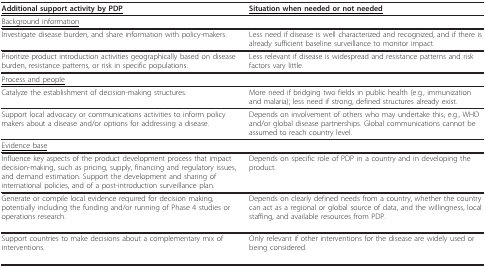
<table><thead><tr><td><b><underline>Additional support activity by PDP</underline></b></td><td><b><underline>Situation when needed or not needed</underline></b></td></tr></thead><tbody><tr><td><underline>Background information</underline></td><td></td></tr><tr><td>Investigate disease burden, and share information with policy-makers.</td><td>Less need if disease is well characterized and recognized, and if there is already sufficient baseline surveillance to monitor impact.</td></tr><tr><td>Prioritize product introduction activities geographically based on disease burden, resistance patterns, or risk in specific populations.</td><td>Less relevant if disease is widespread and resistance patterns and risk factors vary little.</td></tr><tr><td><underline>Process and people</underline></td><td></td></tr><tr><td>Catalyze the establishment of decision-making structures.</td><td>More need if bridging two fields in public health (e.g., immunization and malaria); less need if strong, defined structures already exist.</td></tr><tr><td>Support local advocacy or communications activities to inform policy makers about a disease and/or options for addressing a disease.</td><td>Depends on involvement of others who may undertake this, e.g., WHO and/or global disease partnerships. Global communications cannot be assumed to reach country level.</td></tr><tr><td><underline>Evidence base</underline></td><td></td></tr><tr><td>Influence key aspects of the product development process that impact decision-making, such as pricing, supply, financing and regulatory issues, and demand estimation. Support the development and sharing of international policies, and of a post-introduction surveillance plan.</td><td>Depends on specific role of PDP in a country and in developing the product.</td></tr><tr><td>Generate or compile local evidence required for decision making, potentially including the funding and/or running of Phase 4 studies or operations research.</td><td>Depends on clearly defined needs from a country, whether the country can act as a regional or global source of data, and the willingness, local staffing, and available resources from PDP.</td></tr><tr><td>Support countries to make decisions about a complementary mix of interventions.</td><td>Only relevant if other interventions for the disease are widely used or being considered.</td></tr></tbody></table>